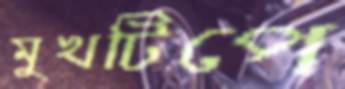
মুখটিপে